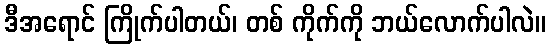
ဒီအရောင် ကြိုက်ပါတယ်၊ တစ် ကိုက်ကို ဘယ်လောက်ပါလဲ။